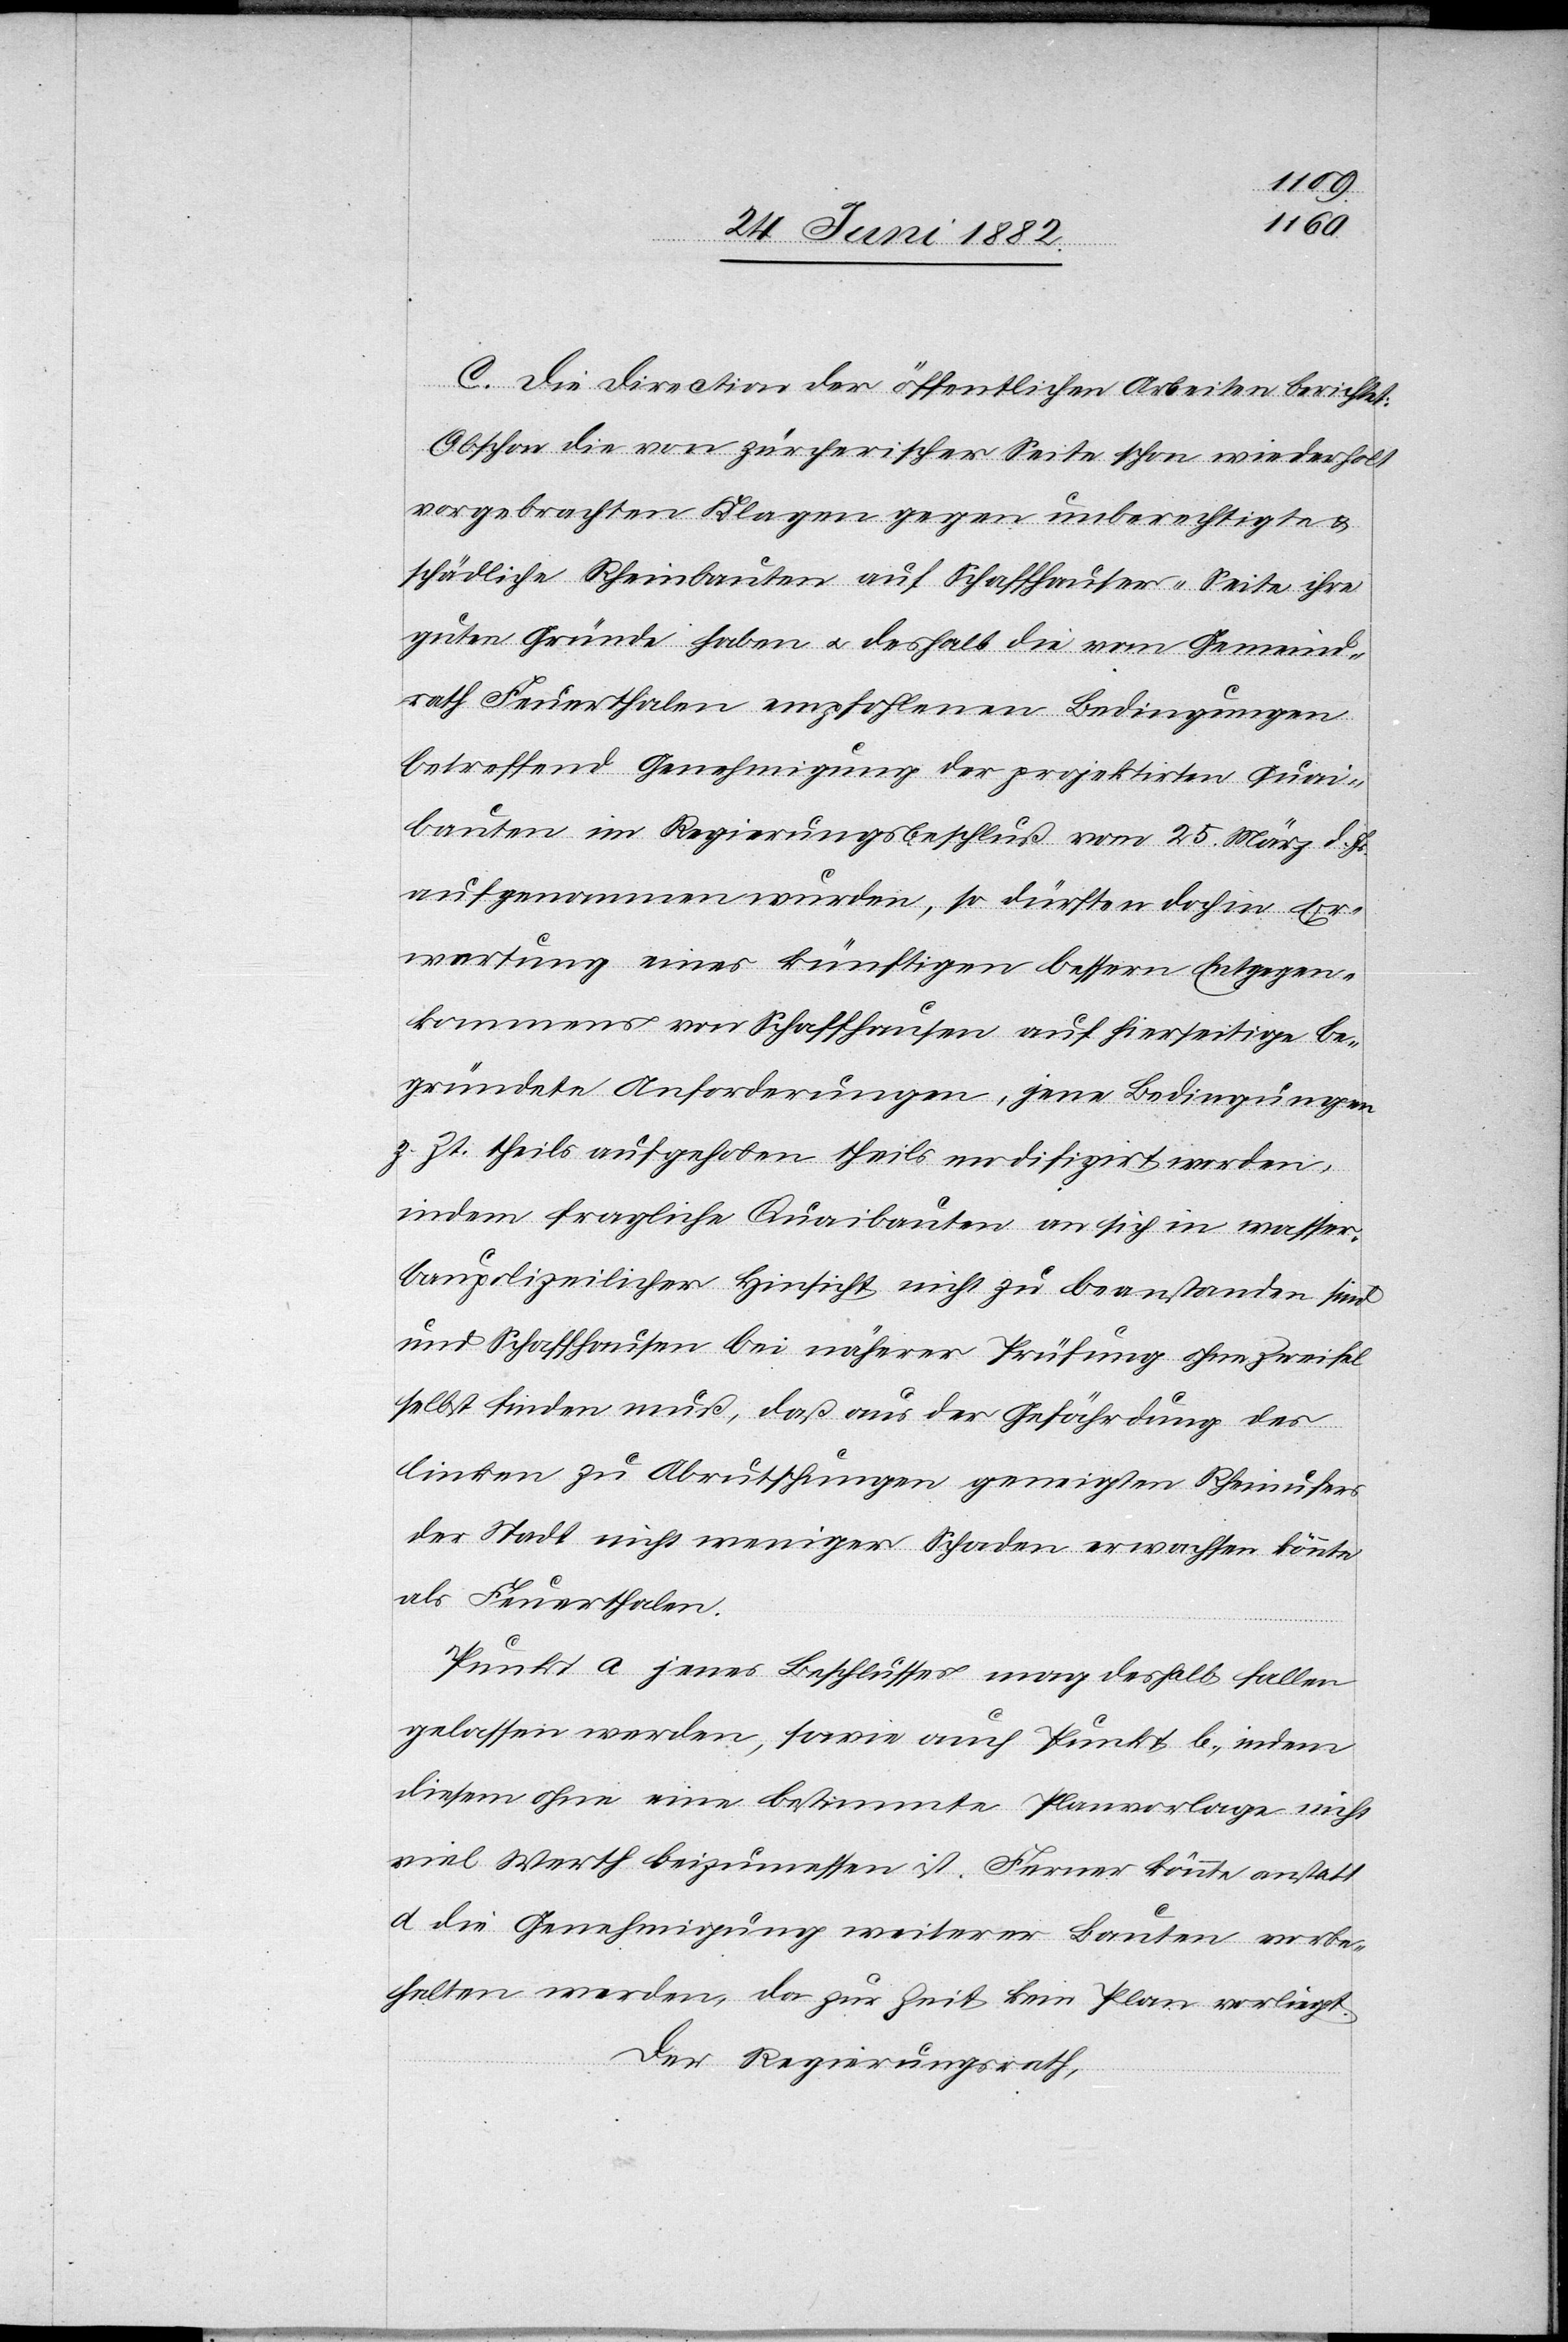
C. Die Direction der öffentlichen Arbeiten berichtet:
Obschon die von zürcherischer Seite schon wiederholt
vorgebrachten Klagen gegen unberechtigte &
schädliche Rheinbauten auf Schaffhauser-Seite ihre
guten Gründe haben u. deshalb die vom Gemeind¬
rath Feuerthalen empfohlenen Bedingungen
betreffend Genehmigung der projektirten Quai¬
bauten im Regierungsbeschluß vom 25. März d. Js.
aufgenommen wurden, so dürften doch in Er¬
wartung eines künftigen bessern Entgegen¬
kommens von Schaffhausen auf hierseitige be¬
gründete Anforderungen, jene Bedingungen
z. Zt. theils aufgehoben theils modifizirt werden,
indem fragliche Quaibauten an sich in wasser¬
baupolizeilicher Hinsicht nicht zu beanstanden sind
und Schaffhausen bei näherer Prüfung ohne Zweifel
selbst finden muß, daß aus der Gefährdung des
linken zu Abrutschungen geneigten Rheinufers
der Stadt nicht weniger Schaden erwachsen könnte
als Feuerthalen.
Punkt a jenes Beschlusses mag deshalb fallen
gelassen werden, sowie auch Punkt b, indem
diesem ohne eine bestimmte Planvorlage nicht
viel Werth beizumessen ist. Ferner könnte anstatt
d die Genehmigung weiterer Bauten vorbe¬
halten werden, da zur Zeit kein Plan vorliegt.
Der Regierungsrath,